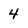
Character: 4